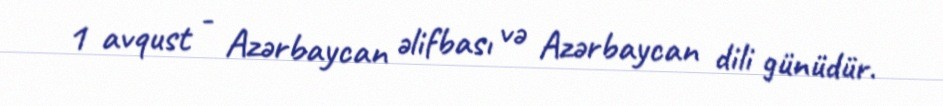
1 avqust - Azərbaycan əlifbası və Azərbaycan dili günüdür.